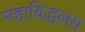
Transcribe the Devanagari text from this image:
महाविद्धलय